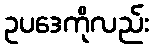
ဥပဒေကိုလည်း